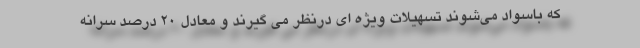
که باسواد می‌شوند تسهیلات ویژه ای درنظر می گیرند و معادل ۲۰ درصد سرانه